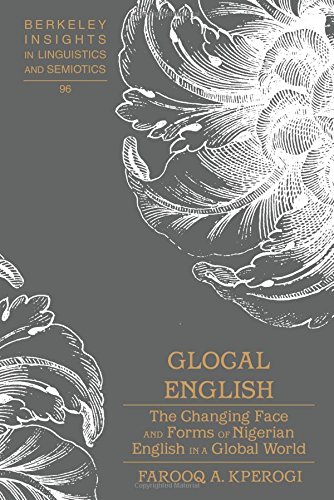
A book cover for Glocal English: The Changing Face and Forms of Nigerian English in a Global World (Berkeley Insights in Linguistics and Semiotics); Farooq A. Kperogi; Reference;